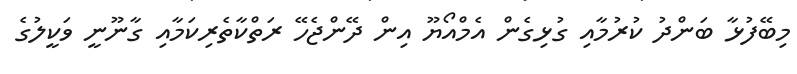
މިބޭފުޅާ ބަންދު ކުރުމާއި ގުޅިގެން އެމްއޯޔޫ އިން ދޭންޖެހޭ ރަތްކާތެރިކަމާއި ގާނޫނީ ވަކީލުގެ